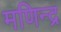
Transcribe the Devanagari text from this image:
मणिन्द्र